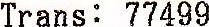
TRANS: 77499